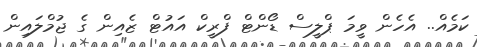
ކަމެއް.. އެހެން ވީމަ ޕްލީސް ޑޯންޓް ފްރީކް އައުޓް ޒެއިން ގެ ޖުމްލައިން